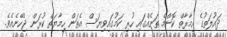
ދައުލަތުގެ އިމާރާތް ކޮންމެ ތަނެއްގައި ހުރި ކަމުގައިވިޔަސް އެތަން ހިމާޔަތް ކުރަން ޖެހޭނެއެވެ.